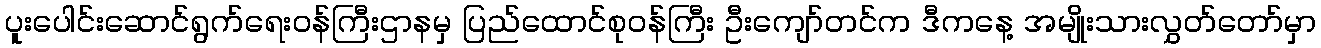
ပူးပေါင်းဆောင်ရွက်ရေးဝန်ကြီးဌာနမှ ပြည်ထောင်စုဝန်ကြီး ဦးကျော်တင်က ဒီကနေ့ အမျိုးသားလွှတ်တော်မှာ